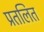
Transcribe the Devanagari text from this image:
प्रतलित